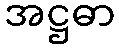
အဋ္ဌဓာ